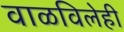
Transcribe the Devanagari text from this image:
वाळविलेही